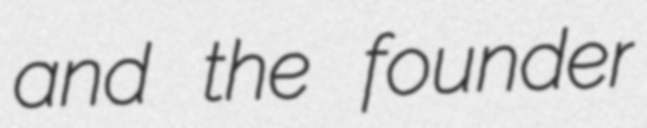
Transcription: and the founder